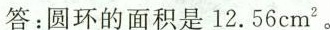
答：圆环的面积是12.56cm^{2}。